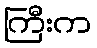
ကြီးက